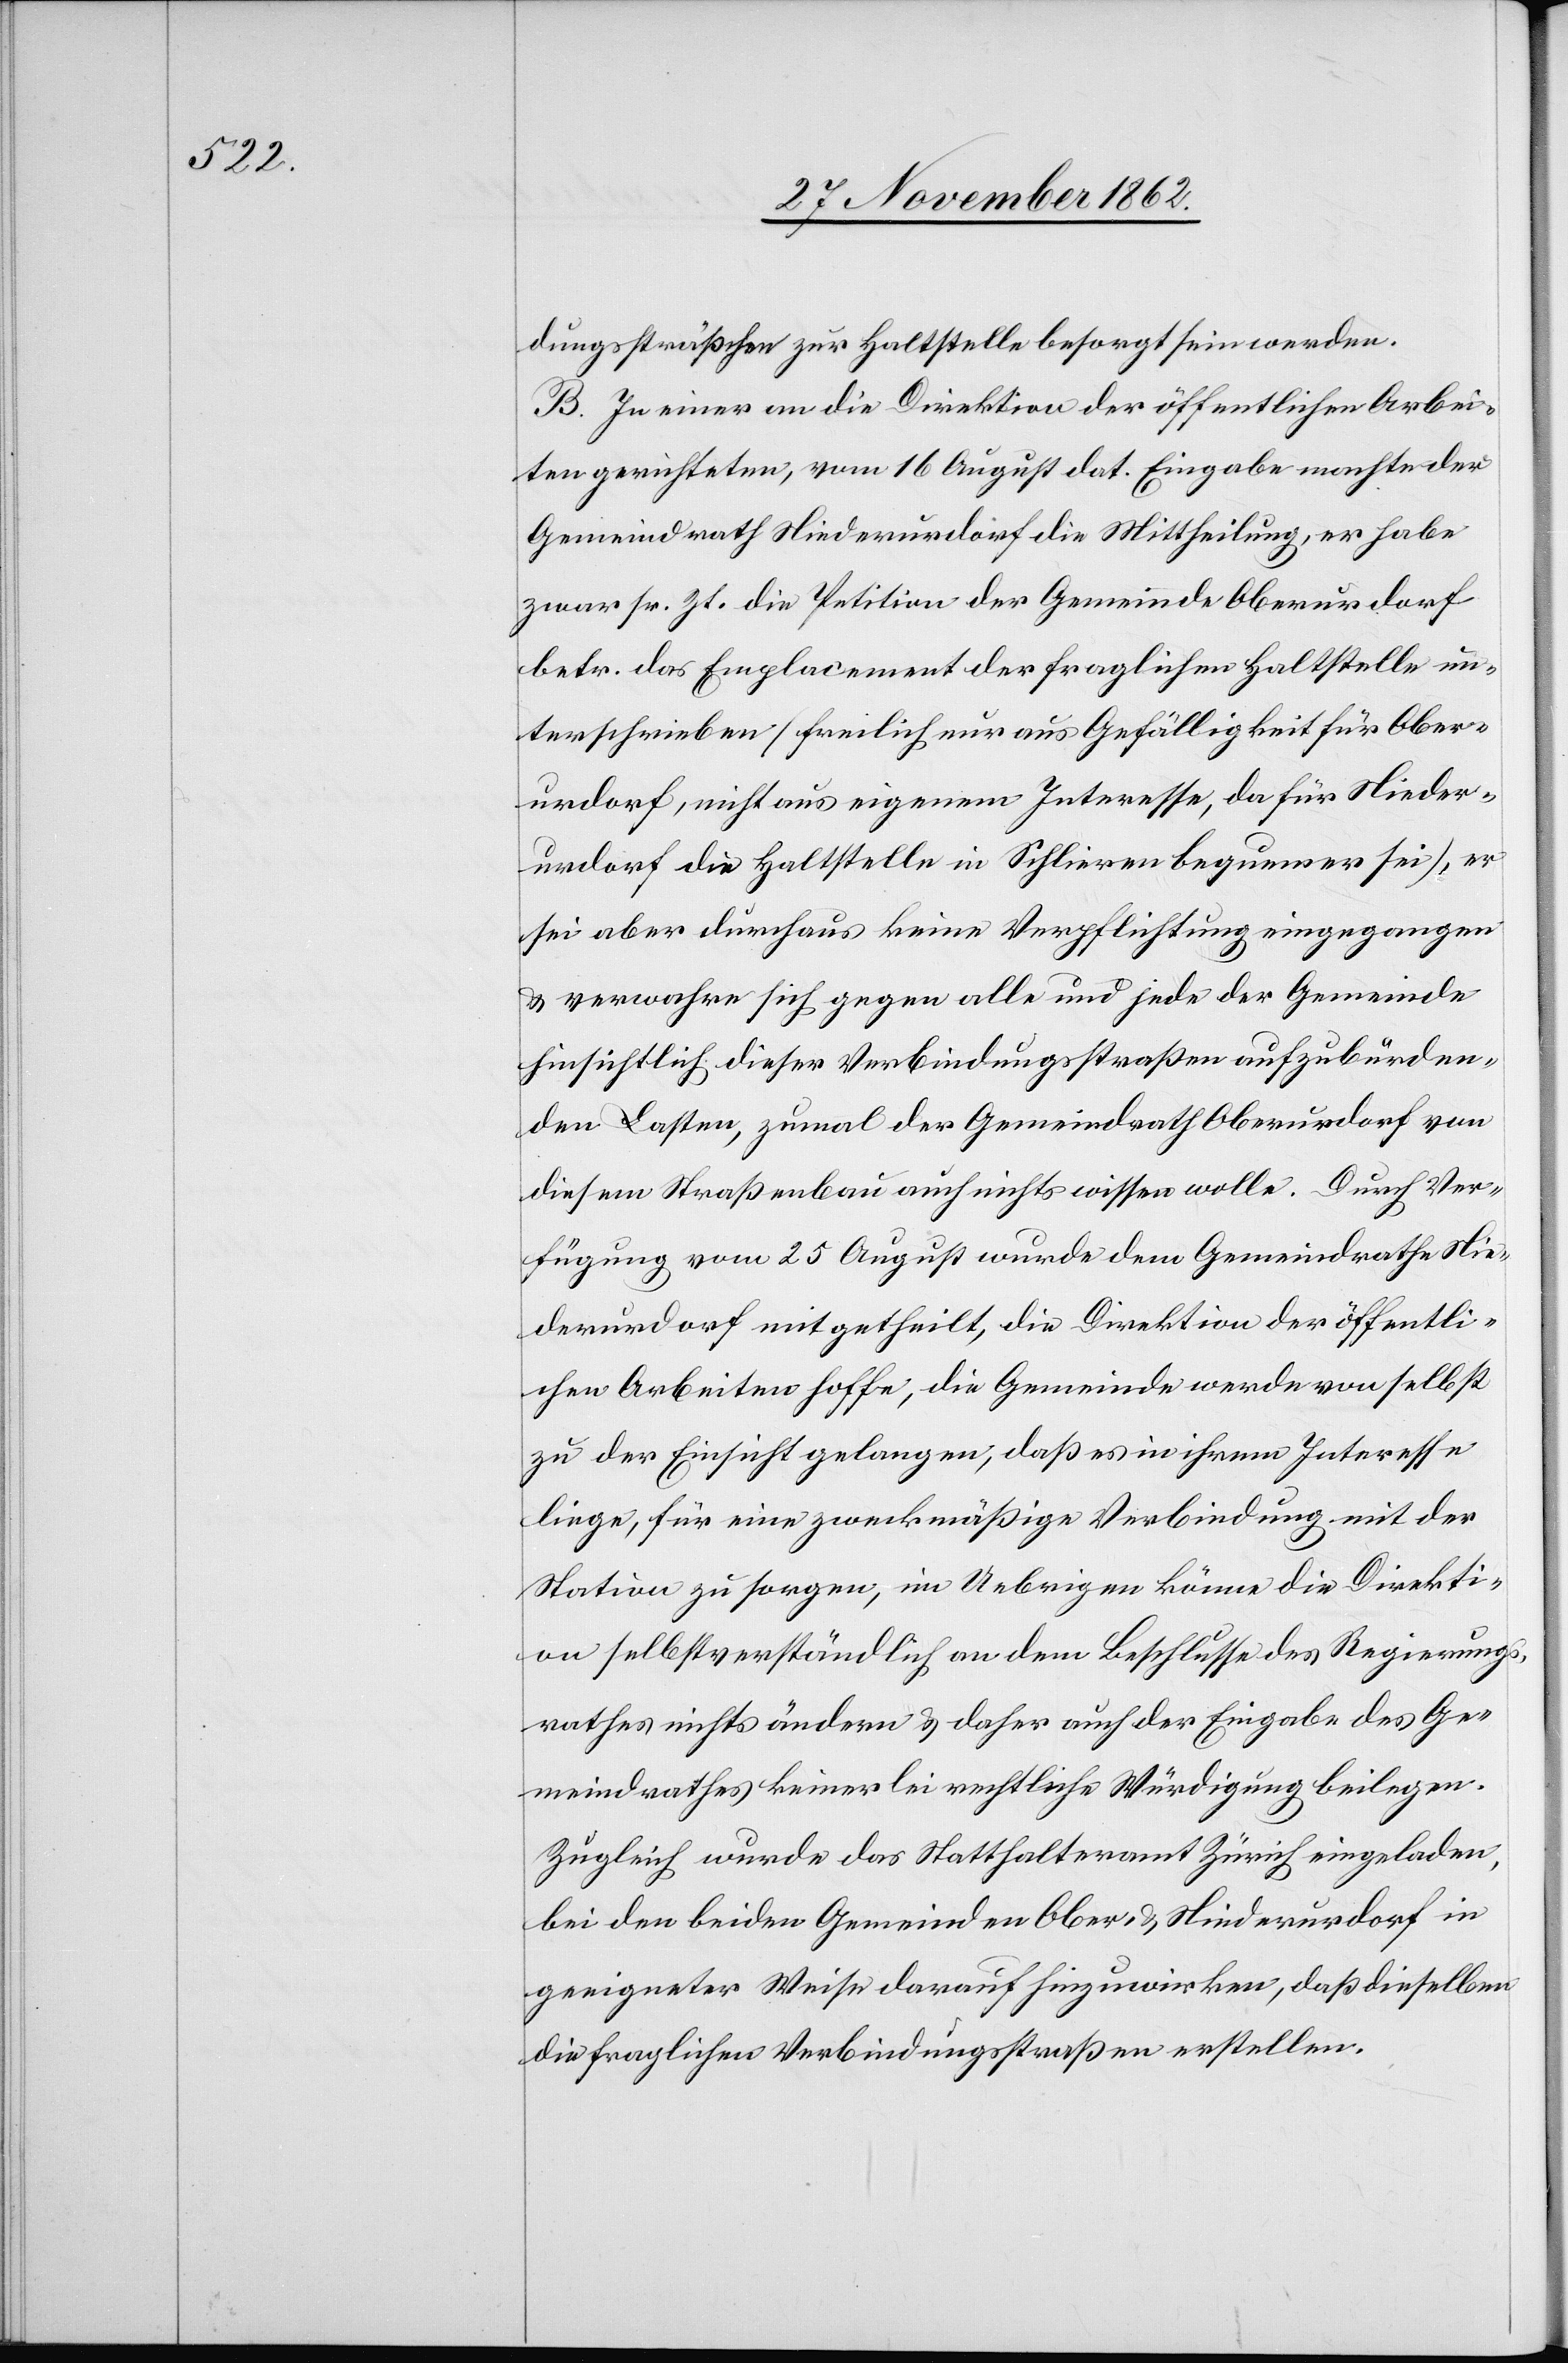
dungssträßchen zur Haltstelle besorgt sein werden.
B. In einer an die Direktion der öffentlichen Arbei¬
ten gerichteten, vom 16. August dat. Eingabe machte der
Gemeindrath Niederurdorf die Mittheilung, er habe
zwar sr. Zt. die Petition der Gemeinde Oberurdorf
betr. das Emplacement der fraglichen Haltstelle un¬
terschrieben (freilich nur aus Gefälligkeit für Ober¬
urdorf, nicht aus eigenem Interesse, da für Nieder¬
urdorf die Haltstelle in Schlieren bequemer sei), er
sei aber durchaus keine Verpflichtung eingegangen
u. verwahre sich gegen alle und jede der Gemeinde
hinsichtlich dieser Verbindungsstraßen aufzubürden¬
den Lasten, zumal der Gemeindrath Oberurdorf von
diesem Straßenbau auch nichts wissen wolle. Durch Ver¬
fügung vom 25. August wurde dem Gemeindrathe Nie¬
derurdorf mitgetheilt, die Direktion der öffentli¬
chen Arbeiten hoffe, die Gemeinde werde von selbst
zu der Einsicht gelangen, daß es in ihrem Interesse
liege, für eine zweckmäßige Verbindung mit der
Station zu sorgen, im Uebrigen könne die Direkti¬
on selbstverständlich an dem Beschlusse des Regierungs¬
rathes nichts ändern u. daher auch der Eingabe des Ge¬
meindrathes keinerlei rechtliche Würdigung beilegen.
Zugleich wurde das Statthalteramt Zürich eingeladen,
bei den beiden Gemeinden Ober- u. Niederurdorf in
geeigneter Weise darauf hinzuwirken, daß dieselben
die fraglichen Verbindungsstraßen erstellen.